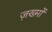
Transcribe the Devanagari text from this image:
ज़ख्‍मों